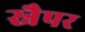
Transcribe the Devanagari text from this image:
स्नैपर